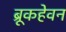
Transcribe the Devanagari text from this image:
ब्रूकहेवन